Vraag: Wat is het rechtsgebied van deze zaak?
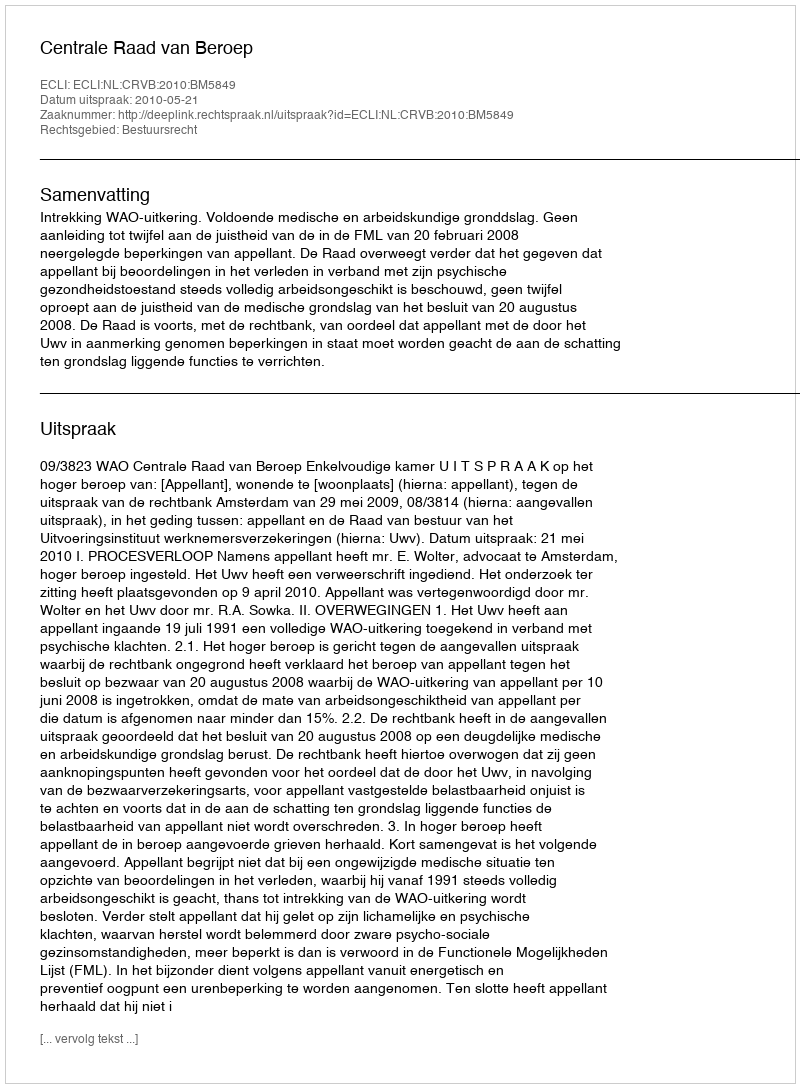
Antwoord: Bestuursrecht